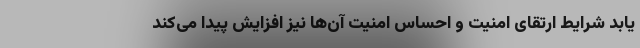
یابد شرایط ارتقای امنیت و احساس امنیت آن‌ها نیز افزایش پیدا می‌کند